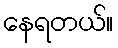
နေရတယ်။